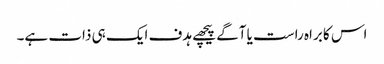
اس کا براہ راست یا آگے پیچھے ہدف ایک ہی ذات ہے۔